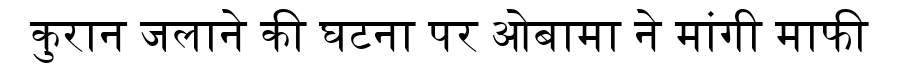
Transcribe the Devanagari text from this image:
कुरान जलाने की घटना पर ओबामा ने मांगी माफी